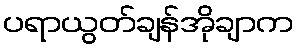
ပရာယွတ်ချန်အိုချာက